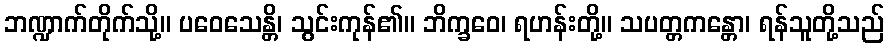
ဘဏ္ဍာက်တိုက်သို့။ ပဝေသေန္တိ၊ သွင်းကုန်၏။ ဘိက္ခဝေ၊ ရဟန်းတို့။ သပတ္တကန္တော၊ ရန်သူတို့သည်